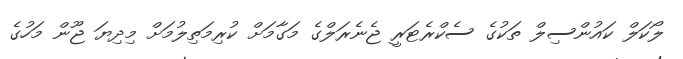
ލޯކަލް ކައުންސިލް ތަކުގެ ސެކްރެޓަރީ ޖެނެރަލްގެ މަގާމަށް ކުރިމަތިލުމަށް މިދިޔަ ޖޫން މަހުގެ